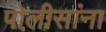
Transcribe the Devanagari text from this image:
पोलीसांना